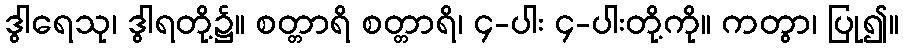
ဒွါရေသု၊ ဒွါရတို့၌။ စတ္တာရိ စတ္တာရိ၊ ၄-ပါး ၄-ပါးတို့ကို။ ကတွာ၊ ပြု၍။